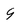
Character: 9